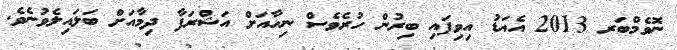
ނޮވެމްބަރ 2013 އެއަޑު އިވިފައި ބިރުން ހުރެވެސް ނިހާއަށް އަޝްރަފާ ދިމާއަށް ބަލައިލެވުނެވެ.